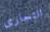
التجارى